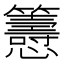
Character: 𢥰